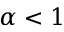
\alpha < 1